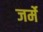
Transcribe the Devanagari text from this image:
जर्मे